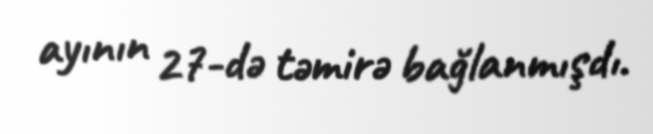
ayının 27-də təmirə bağlanmışdı.